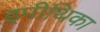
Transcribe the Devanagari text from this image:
इपीथिका